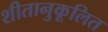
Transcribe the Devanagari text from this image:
शीतानुकूलित